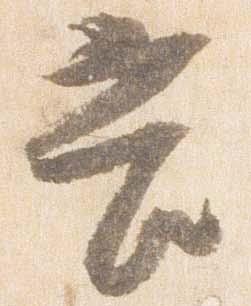
苦